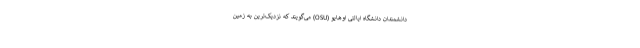
دانشمندان دانشگاه ایالتی اوهایو (OSU) می‌گویند که نزدیک‌ترین به زمین